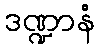
ဒဏ္ဍာနံ